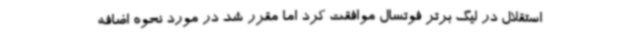
استقلال در لیگ برتر فوتسال موافقت کرد اما مقرر شد در مورد نحوه اضافه